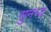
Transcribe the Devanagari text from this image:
सुनभ्य